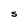
Character: S